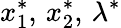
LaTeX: x_{1}^{*},\, x_{2}^{*},\, \lambda^{*}